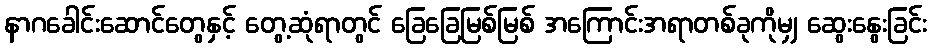
နာဂခေါင်းဆောင်တွေနှင့် တွေ့ဆုံရာတွင် ခြေခြေမြစ်မြစ် အကြောင်းအရာတစ်ခုကိုမျှ ဆွေးနွေးခြင်း